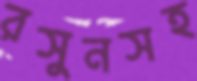
রসুনসহ